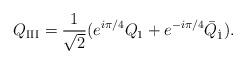
LaTeX: \begin{align*}Q_{\rm III}= \frac{1}{\sqrt{2}} (e^{i\pi/4}Q_1 + e^{-i\pi/4}\bar{Q}_{\dot{1}}).\end{align*}